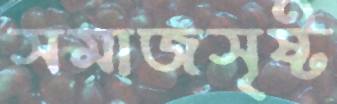
সমাজসৃষ্ট